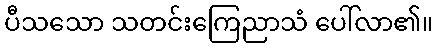
ပီသသော သတင်းကြေညာသံ ပေါ်လာ၏။